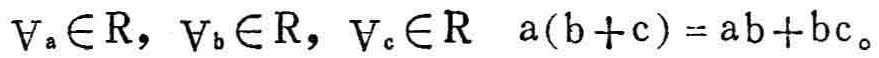
\(\forall_{a} \in \mathbb{R}, \forall_{b} \in \mathbb{R}, \forall_{c} \in \mathbb{R} \quad a(b + c) = ab+bc\)